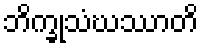
ဘိက္ခုသံဃဿာတိ